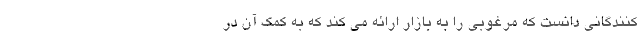
کنندگانی دانست که مرغوبی را به بازار ارائه می کند که به کمک آن در